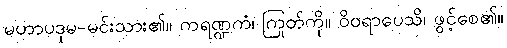
မဟာပဒုမ-မင်းသား၏။ ကရဏ္ဍကံ၊ ကြုတ်ကို။ ဝိဝရာပေသိ၊ ဖွင့်စေ၏။